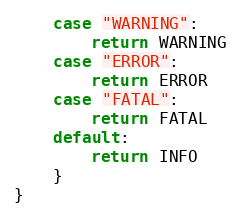
Language: Go
	case "WARNING":
		return WARNING
	case "ERROR":
		return ERROR
	case "FATAL":
		return FATAL
	default:
		return INFO
	}
}